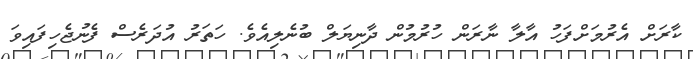
ކާރަށް އެރުމަށްފަހު އާލާ ނާރަން ހުރުމުން ދާނިޔަލް ބުނެލިއެވެ. ހަތަރު އުދަރެސް ފެނުޖެހިފައިވަ